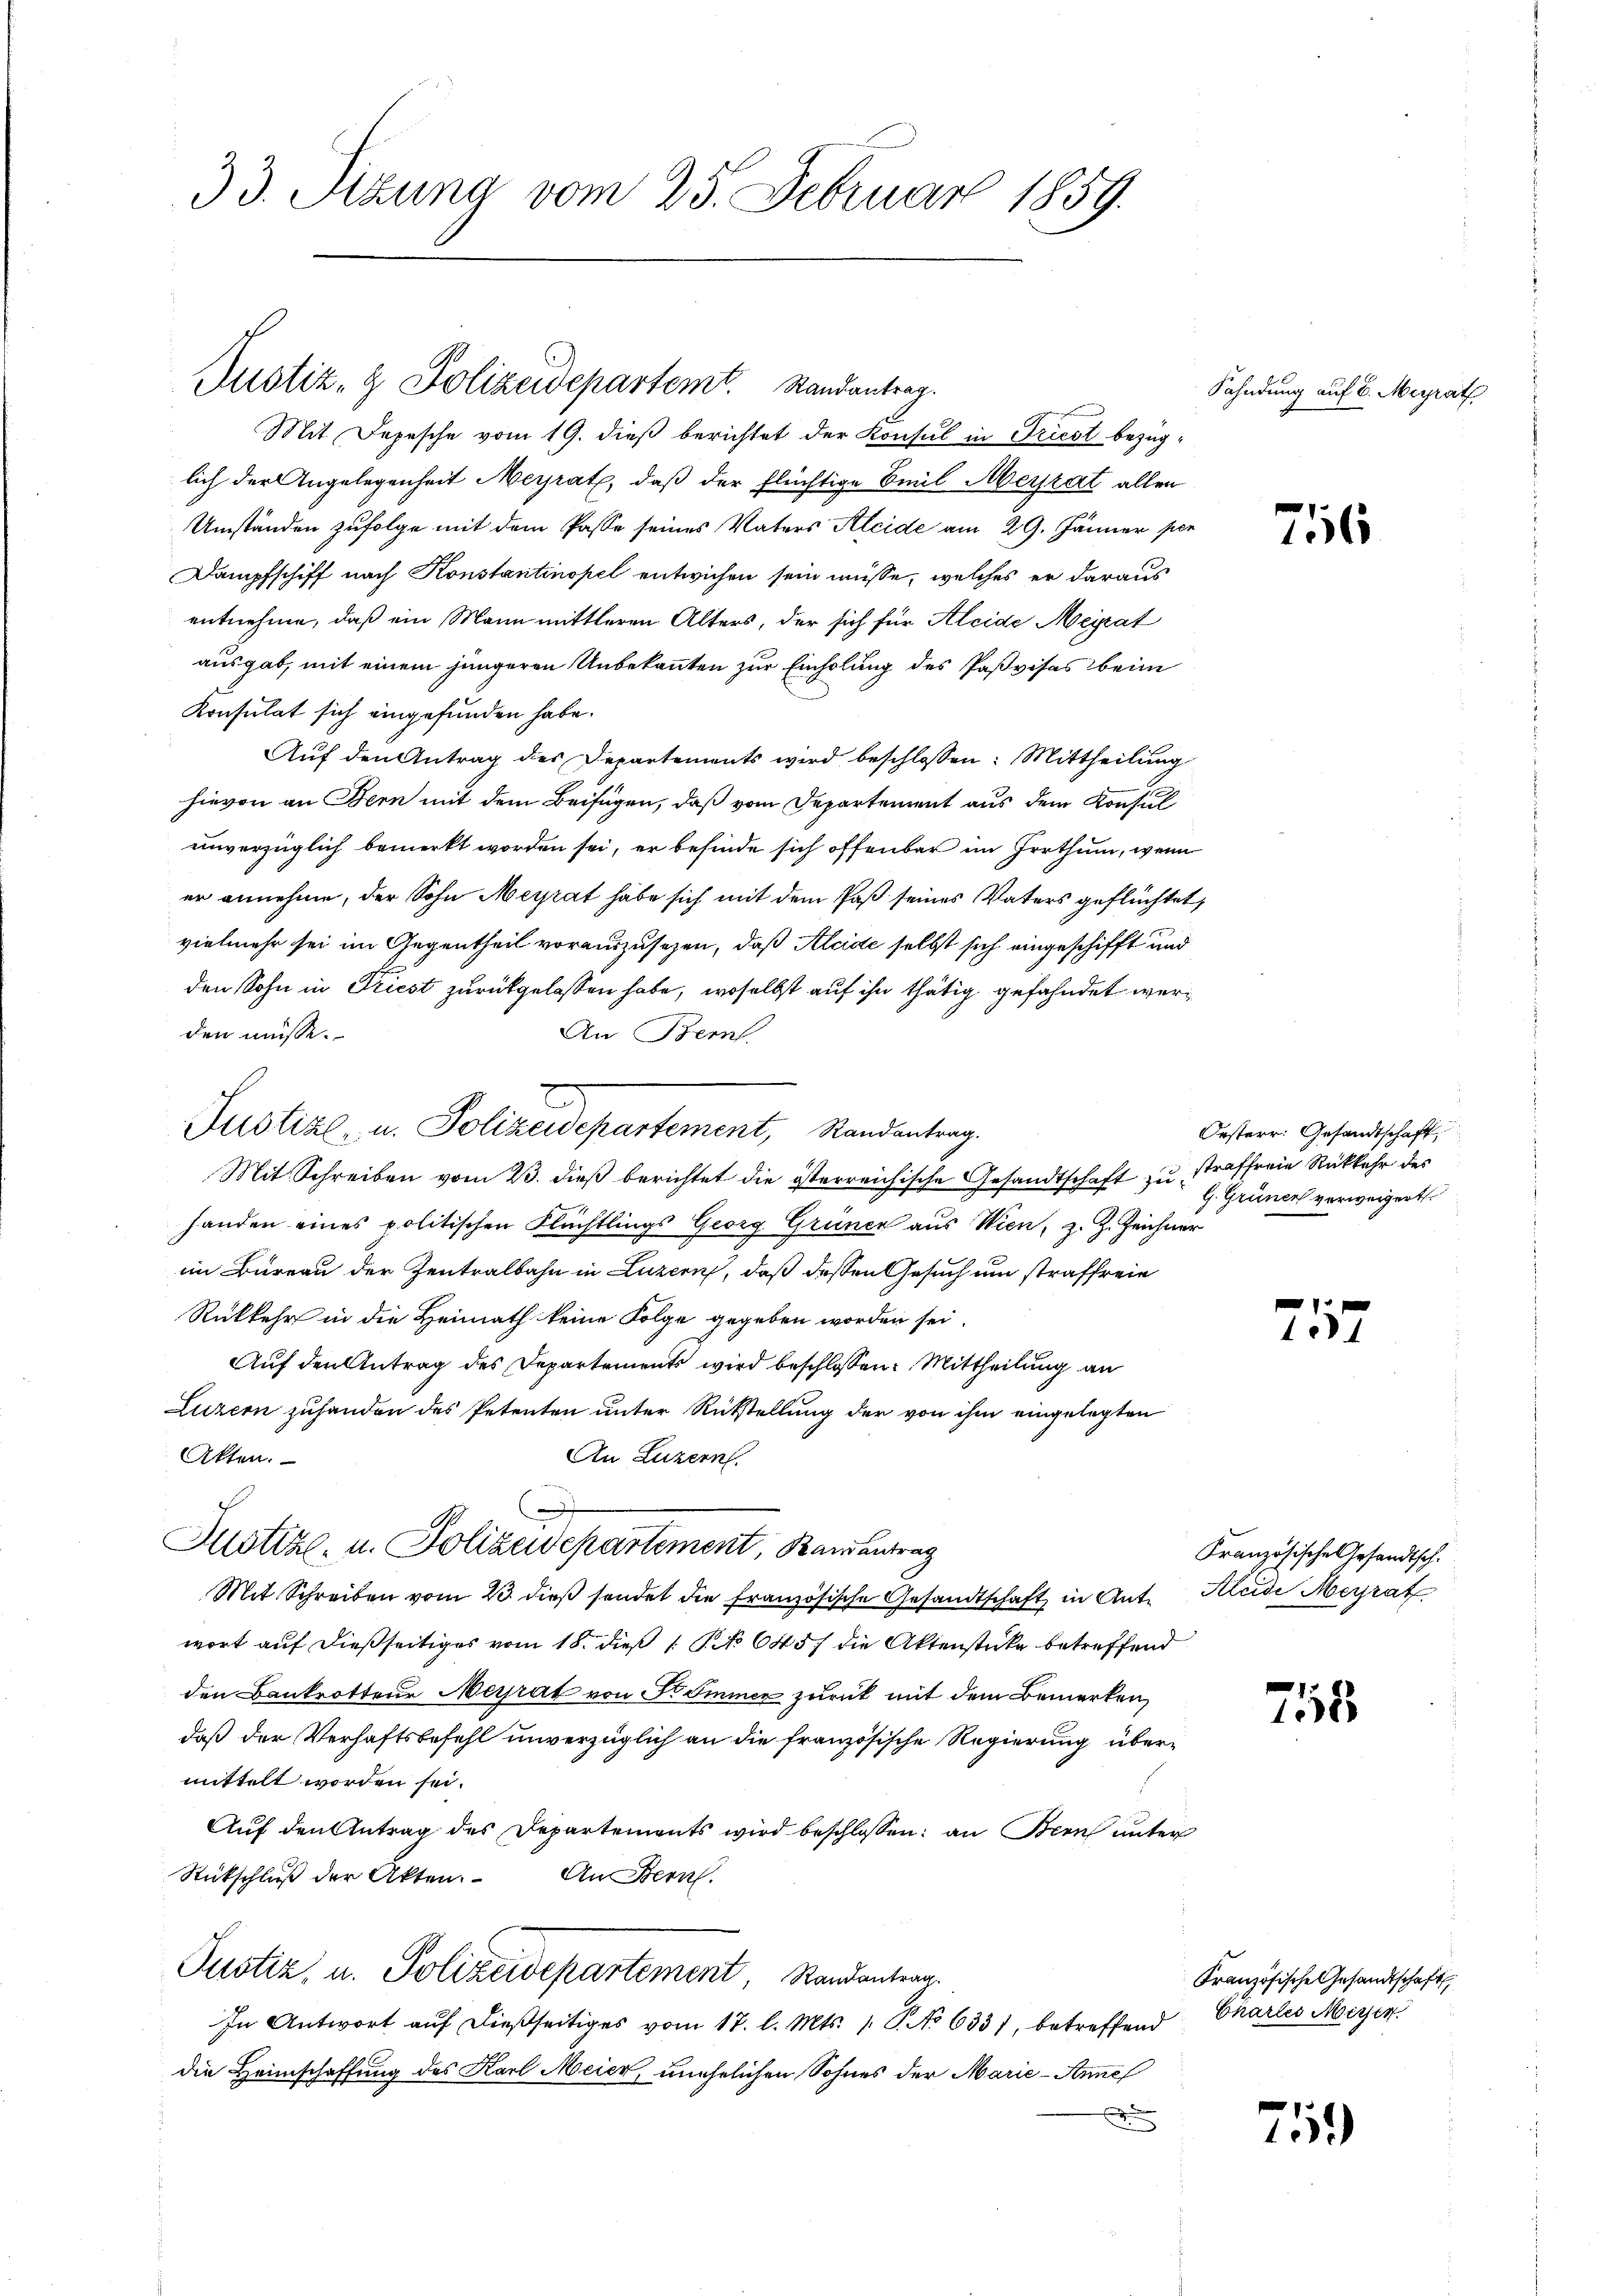
33. Sitzung vom 25. Februar 1859.

Justiz- & Polizeidepartemt. Randantrag.

Mit Depesche vom 19. dieß berichtet der Konsul in Triest bezüglich der Angelegenheit Meyrath, daß der flüchtige Emil Meyzat allen
Umständen zufolge mit dem Pässe seines Vaters Kleide am 29. Jänner per
Dampfschiff nach Konstantinopel entwichen sein müsse, welches er daraus
entnehme, daß ein Mann mittleren Alters, der sich für Aleide Meirat
ausgab, mit einem jüngeren Unbekannten zur Einholung des Paßvisas beim
Konsulat sich eingefunden habe.
Auf den Antrag des Departements wird beschlossen: Mittheilung
hievon an Bern mit dem Beifügen, daß vom Departement aus dem Konsul
unverzüglich bemerkt worden sei, er befinde sich offenbar im Irrthum, wenn
er annehme, der Sohn Meyrat habe sich mit dem Paß seines Vaters geflüchtet,
vielmehr sei im Gegentheil vorauszusehen, daß Aleide selbst sich eingeschifft und
den Sohn in Triest zurückgelassen habe, woselbst auf ihn thätig gefahndet werden müsse.
An Bern.
Mit Schreiben vom 23. dieß berichtet die österreichische Gesandtschaft zu straffreie Rückkehr des
.
handen eines politischen Flüchtlings Georg Grüner aus Wien, z. Z. Zeichner
im Bureau der Zentralbahn in Luzern, daß dessen Gesuch um straffreie
Rükkehr in die Heimath keine Folge gegeben worden sei.
Auf den Antrag des Departements wird beschlossen: Mittheilung an
Luzern zuhanden des Petenten unter Rückstellung der von ihm eingelegten
Atten.
An Luzern.
7
Motta, u. Polizeidepartement, Kamentrag
Mit Schreiben vom 23. dieβ sendet die französische Gesandtschaft in Ant. Kleide Heyrat
wort auf dießseitiges vom 18. dieß 1 No 645 die Aktenstücke betreffend
den Bankrotteur Merrat von Kommer zurück mit dem Bemerken,
daß der Verhaftsbefehl unverzüglich an die französische Regierung übermittelt worden sei.
Auf den Antrag des Departements wird beschlossen: an Bern unter
Rückschluß der Akten. An Bern.
Justiz, u. Polizeidepartement Randantrag.
In Antwort auf dießseitiges vom 17. l. Mts. 1. P. No 6331, betreffend
die Heimschaffung des Karl Meier, unehelichen Sohnes der Marie-Annel
d

Justiz- u. Polizeidepartement, Randantrag.

Sahndung auf 6. Meyrat

716

Oesterr: Gesandtschaft,
G. Grüner verweigert.

717

Französische Gesandtsch.

758

Französische Gesandtschaft
Chartes Missen.

759)